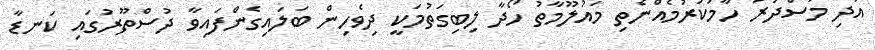
އަދި މަސްދަރު ހާމަކުރުމެއްނެތި މައުލޫމާތު ހޯދާ ލިބިގަތުމަކީ ދިވެހިން ބަލައިގެންފައިވާ ދުސްތޫރުގައި ކަނޑާ